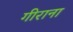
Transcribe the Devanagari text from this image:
गीराना